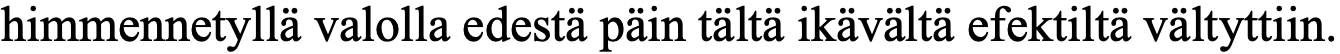
himmennetyllä valolla edestä päin tältä ikävältä efektiltä vältyttiin.